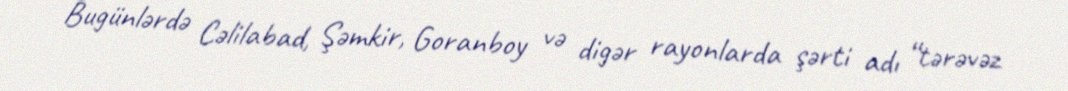
Bugünlərdə Cəlilabad, Şəmkir, Goranboy və digər rayonlarda şərti adı “tərəvəz